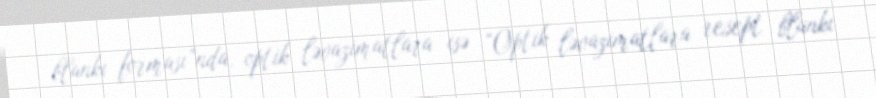
blankı forması”nda, optik ləvazimatlara isə “Optik ləvazimatlara resept blankı